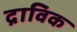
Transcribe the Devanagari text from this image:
द्राविक